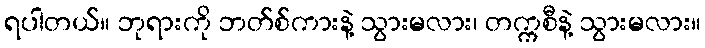
ရပါတယ်။ ဘုရားကို ဘတ်စ်ကားနဲ့ သွားမလား၊ တက္ကစီနဲ့ သွားမလား။